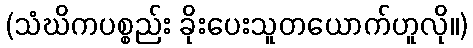
(သံဃိကပစ္စည်း ခိုးပေးသူတယောက်ဟူလို။)